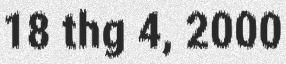
18 thg 4, 2000